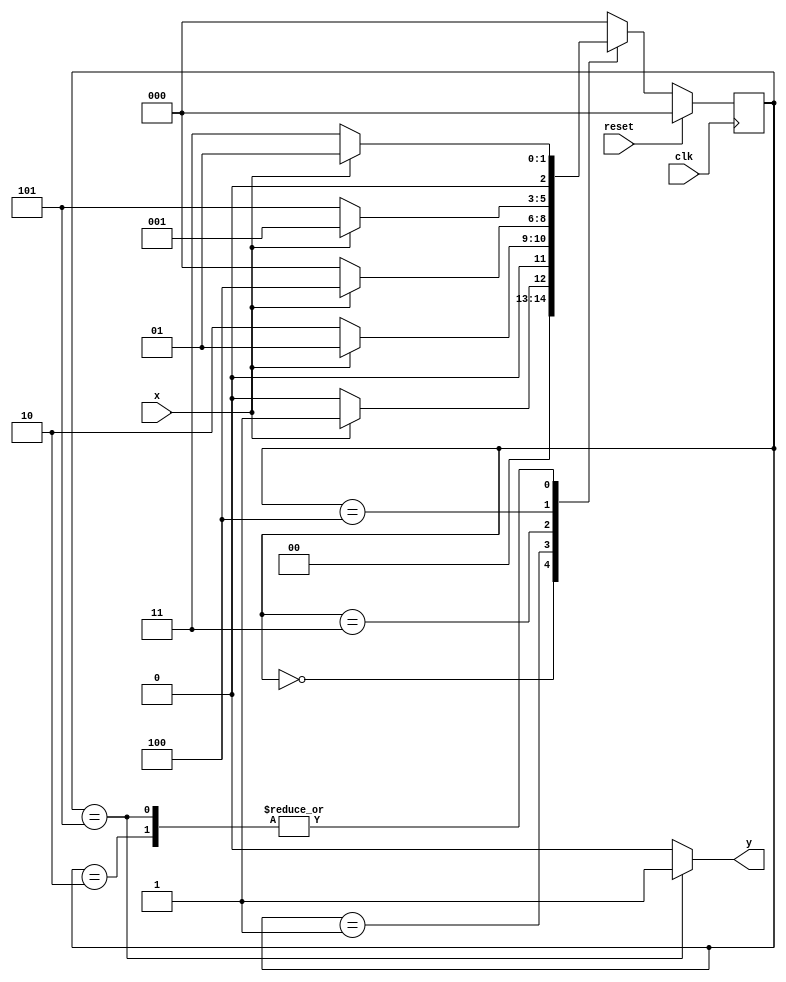
module moore_hw( input clk,
				 input reset,
				 input x,
				 output reg y );
		
	reg [2:0] current_state, next_state;
	
	parameter S0 = 2'd0;
	parameter S1 = 2'd1;
	parameter S2 = 2'd2; 
	parameter S3 = 2'd3;
	
	always@(*) begin
		case(current_state)
			S0://0
				if(x) begin
					next_state = S1;
				end
				else begin
					next_state = S0;
				end
			S1://1
				if(x) begin
					next_state = S1;
				end
				else begin
					next_state = S2;
				end
			S2://10
				if(~x) begin
					next_state = S3;
				end
				else begin
					next_state = S1;
				end
			S3://100
				if(x) begin
					next_state = 4;
				end
				else begin
					next_state = S0;
				end
			4://1001
				if(x) begin
					next_state = S1;
				end
				else begin
					next_state = 5;
				end
			5://10010
				if(x) begin
					next_state = S1;
				end
				else begin
					next_state = 3;
				end
			
			default:
				next_state = S0;
		endcase
	end

	always@(posedge clk) begin
		if(reset) begin
			current_state <= S0;
		end
		else begin
			current_state <= next_state;
		end
	end

	always@(*) begin
		case(current_state)
			S0:
				y = 1'b0;
			S1:
				y = 1'b0;
			S2:
				y = 1'b0;
			S3:
				y = 1'b0;
			4:
				y=0;
			5:
				y=1;
			default:
				y = 1'b0;
		endcase
	end
		
endmodule